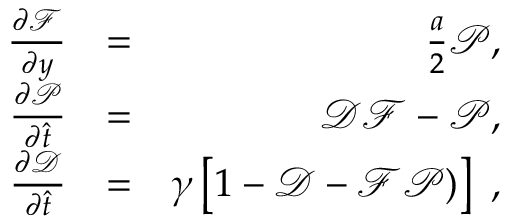
\begin{array} { r l r } { \frac { \partial \mathcal { F } } { \partial y } } & { = } & { \frac { a } { 2 } \mathcal { P } , } \\ { \frac { \partial \mathcal { P } } { \partial \hat { t } } } & { = } & { \mathcal { D } \mathcal { F } - \mathcal { P } , } \\ { \frac { \partial \mathcal { D } } { \partial \hat { t } } } & { = } & { \gamma \left[ 1 - \mathcal { D } - \mathcal { F } \mathcal { P } ) \right] ~ , } \end{array}